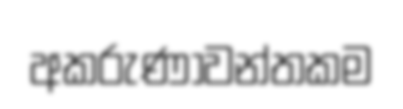
අකරුණාවන්තකම